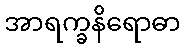
အာရက္ခနိရောဓာ